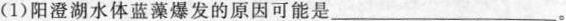
(1)阳澄湖水体蓝藻爆发的原因可能是__________________。